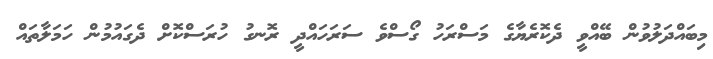
މިބައްދަލުވުން ބޭއްވީ ދެކޮރެޔާގެ މަސްރަހު ގޯސްވެ ސަރަހައްދީ ރޮނގު ހުރަސްކޮށް ދެގައުމުން ހަމަލާތައް